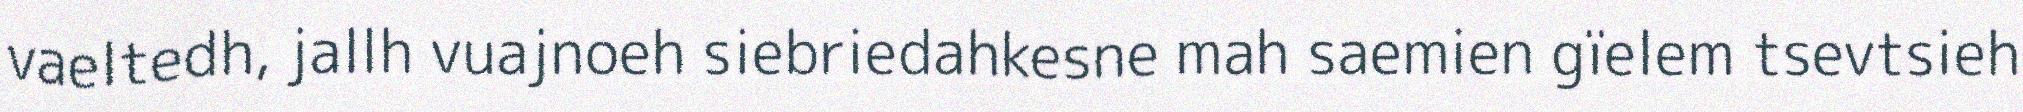
vaeltedh, jallh vuajnoeh siebriedahkesne mah saemien gïelem tsevtsieh